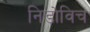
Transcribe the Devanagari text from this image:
निडोविच